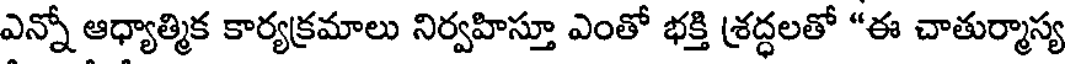
ఎన్నో ఆధ్యాత్మిక కార్యక్రమాలు నిర్వహిస్తూ ఎంతో భక్తి శ్రద్ధలతో "ఈ చాతుర్మాస్య